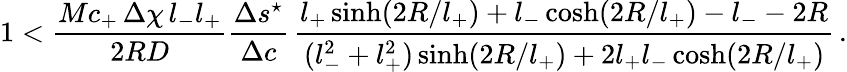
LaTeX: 1<\frac{Mc_{+}\, \Delta\chi\, l_{-}l_{+}}{2RD}\frac{\Delta s^{\star}}{\Delta c}\, \frac{l_{+}\sinh(2R/l_{+})+l_{-}\cosh(2R/l_{+})-l_{-}-2R}{(l_{-}^{2}+l_{+}^{2})\sinh(2R/l_{+})+2l_{+}l_{-}\cosh(2R/l_{+})}\, .